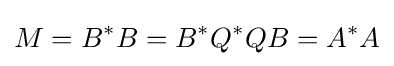
M=B^{*}B=B^{*}Q^{*}QB=A^{*}A